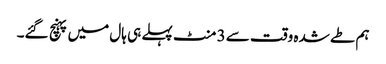
ہم طے شدہ وقت سے 3 منٹ پہلے ہی ہال میں پہنچ گئے۔